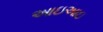
આઇઆઇ